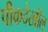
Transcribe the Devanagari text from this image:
पीकदेखील